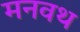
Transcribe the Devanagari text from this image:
मनवथ